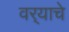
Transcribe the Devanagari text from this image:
वर्‍याचे